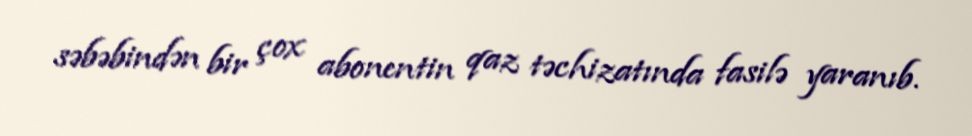
səbəbindən bir çox abonentin qaz təchizatında fasilə yaranıb.